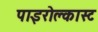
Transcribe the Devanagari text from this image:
पाइरोक्लास्ट